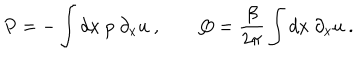
LaTeX: P = - \int d x \ p \ \partial _ { x } u \ , \qquad Q = { \frac { \beta } { 2 \pi } } \int d x \ \partial _ { x } u \ .